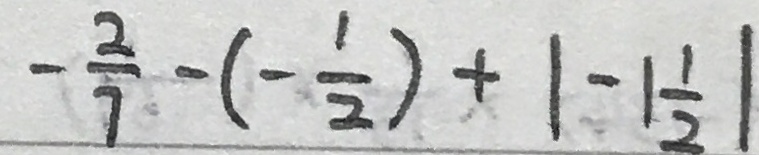
- \frac { 2 } { 7 } - ( - \frac { 1 } { 2 } ) + \vert - 1 \frac { 1 } { 2 } \vert